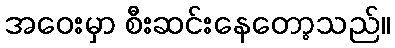
အဝေးမှာ စီးဆင်းနေတော့သည်။